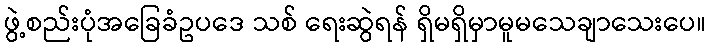
ဖွဲ့စည်းပုံအခြေခံဥပဒေ သစ် ရေးဆွဲရန် ရှိမရှိမှာမူမသေချာသေးပေ။